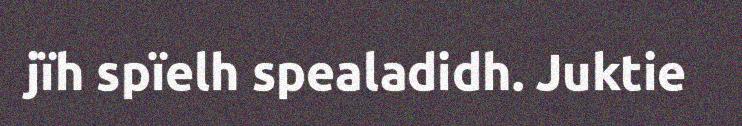
jïh spïelh spealadidh. Juktie